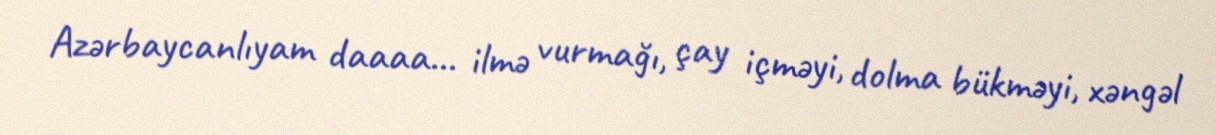
Azərbaycanlıyam daaaa... ilmə vurmağı, çay içməyi, dolma bükməyi, xəngəl